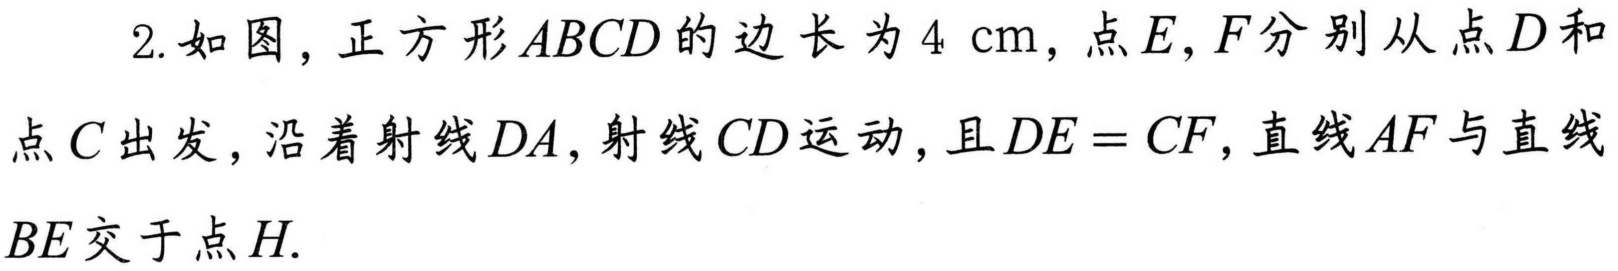
2. 如图，正方形\(ABCD\)的边长为\(4\ \text{cm}\)，点\(E,F\)分别从点\(D\)和点\(C\)出发，沿着射线\(DA\)，射线\(CD\)运动，且\(DE = CF\)，直线\(AF\)与直线\(BE\)交于点\(H\).